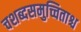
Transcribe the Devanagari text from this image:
चशब्दसमुच्चिताश्च